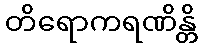
တိရောကရဏိန္တိ